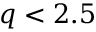
q < 2 . 5